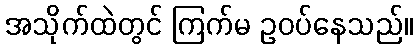
အသိုက်ထဲတွင် ကြက်မ ဥဝပ်နေသည်။